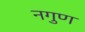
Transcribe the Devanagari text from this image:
नगुण